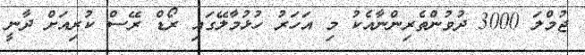
ޖުމްލަ 3000 ދުވުންތެރިންނާއެކު މި އަހަރު ހުޅުމާލޭގައި ރޯޑް ރޭސް ކުރިއަށް ދާނީ